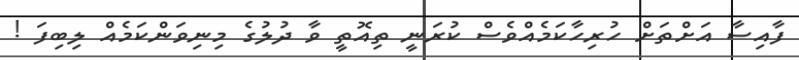
ފާއިސާ އަށްތަށް ހުރިހާކަމެއްވެސް ކުރަނީ ތިއޮތީ ވާ ދުލުގެ މިނިވަންކަމެއް ލިބިފަ !